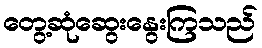
တွေ့ဆုံဆွေးနွေးကြသည်